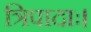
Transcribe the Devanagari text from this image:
त्रिपादाः।